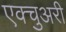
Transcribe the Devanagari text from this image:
एक्चुअरी